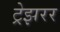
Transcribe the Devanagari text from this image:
ट्रेझरर